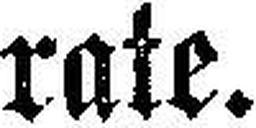
rate.